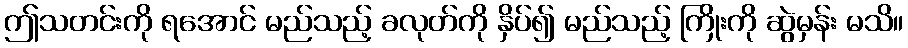
ဤသတင်းကို ရအောင် မည်သည့် ခလုတ်ကို နှိပ်၍ မည်သည့် ကြိုးကို ဆွဲမှန်း မသိ။